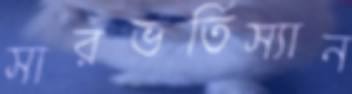
সারভর্তিস্যান